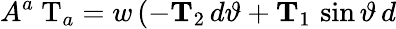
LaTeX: A^{a}\mathrm{\mathbf~T}_{a}=w\, (-{\mathbf T}_{2}\, d\vartheta+{\mathbf T}_{1}\, \sin\vartheta\, d